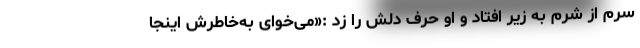
سرم از شرم به زیر افتاد و او حرف دلش را زد :«می‌خوای به‌خاطرش اینجا